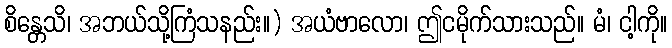
စိန္တေသိ၊ အဘယ်သို့ကြံသနည်း။) အယံဗာလော၊ ဤငမိုက်သားသည်။ မံ၊ ငါ့ကို။